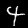
Digit: 4